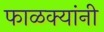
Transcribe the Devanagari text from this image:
फाळक्यांनी